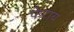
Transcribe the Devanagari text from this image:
फेटाय